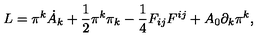
L = \pi ^ { k } \dot { A } _ { k } + \frac { 1 } { 2 } \pi ^ { k } \pi _ { k } - \frac { 1 } { 4 } F _ { i j } F ^ { i j } + A _ { 0 } \partial _ { k } \pi ^ { k } ,